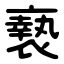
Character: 䙝